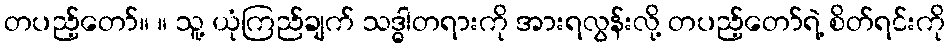
တပည့်တော်။ ။ သူ့ ယုံကြည်ချက် သဒ္ဓါတရားကို အားရလွန်းလို့ တပည့်တော်ရဲ့ စိတ်ရင်းကို